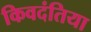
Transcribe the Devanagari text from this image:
किवदंतिया